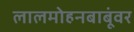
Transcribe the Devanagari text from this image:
लालमोहनबाबूंवर